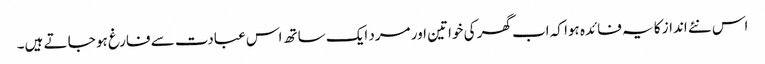
اس نئے انداز کا یہ فائدہ ہوا کہ اب گھر کی خواتین اور مرد ایک ساتھ اس عبادت سے فارغ ہو جا تے ہیں۔